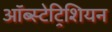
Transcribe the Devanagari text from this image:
ऑब्स्टेट्रिशियन